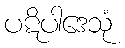
ပဋိပါဒေသုံ